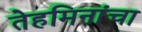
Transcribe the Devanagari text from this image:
तेहमिनांचा